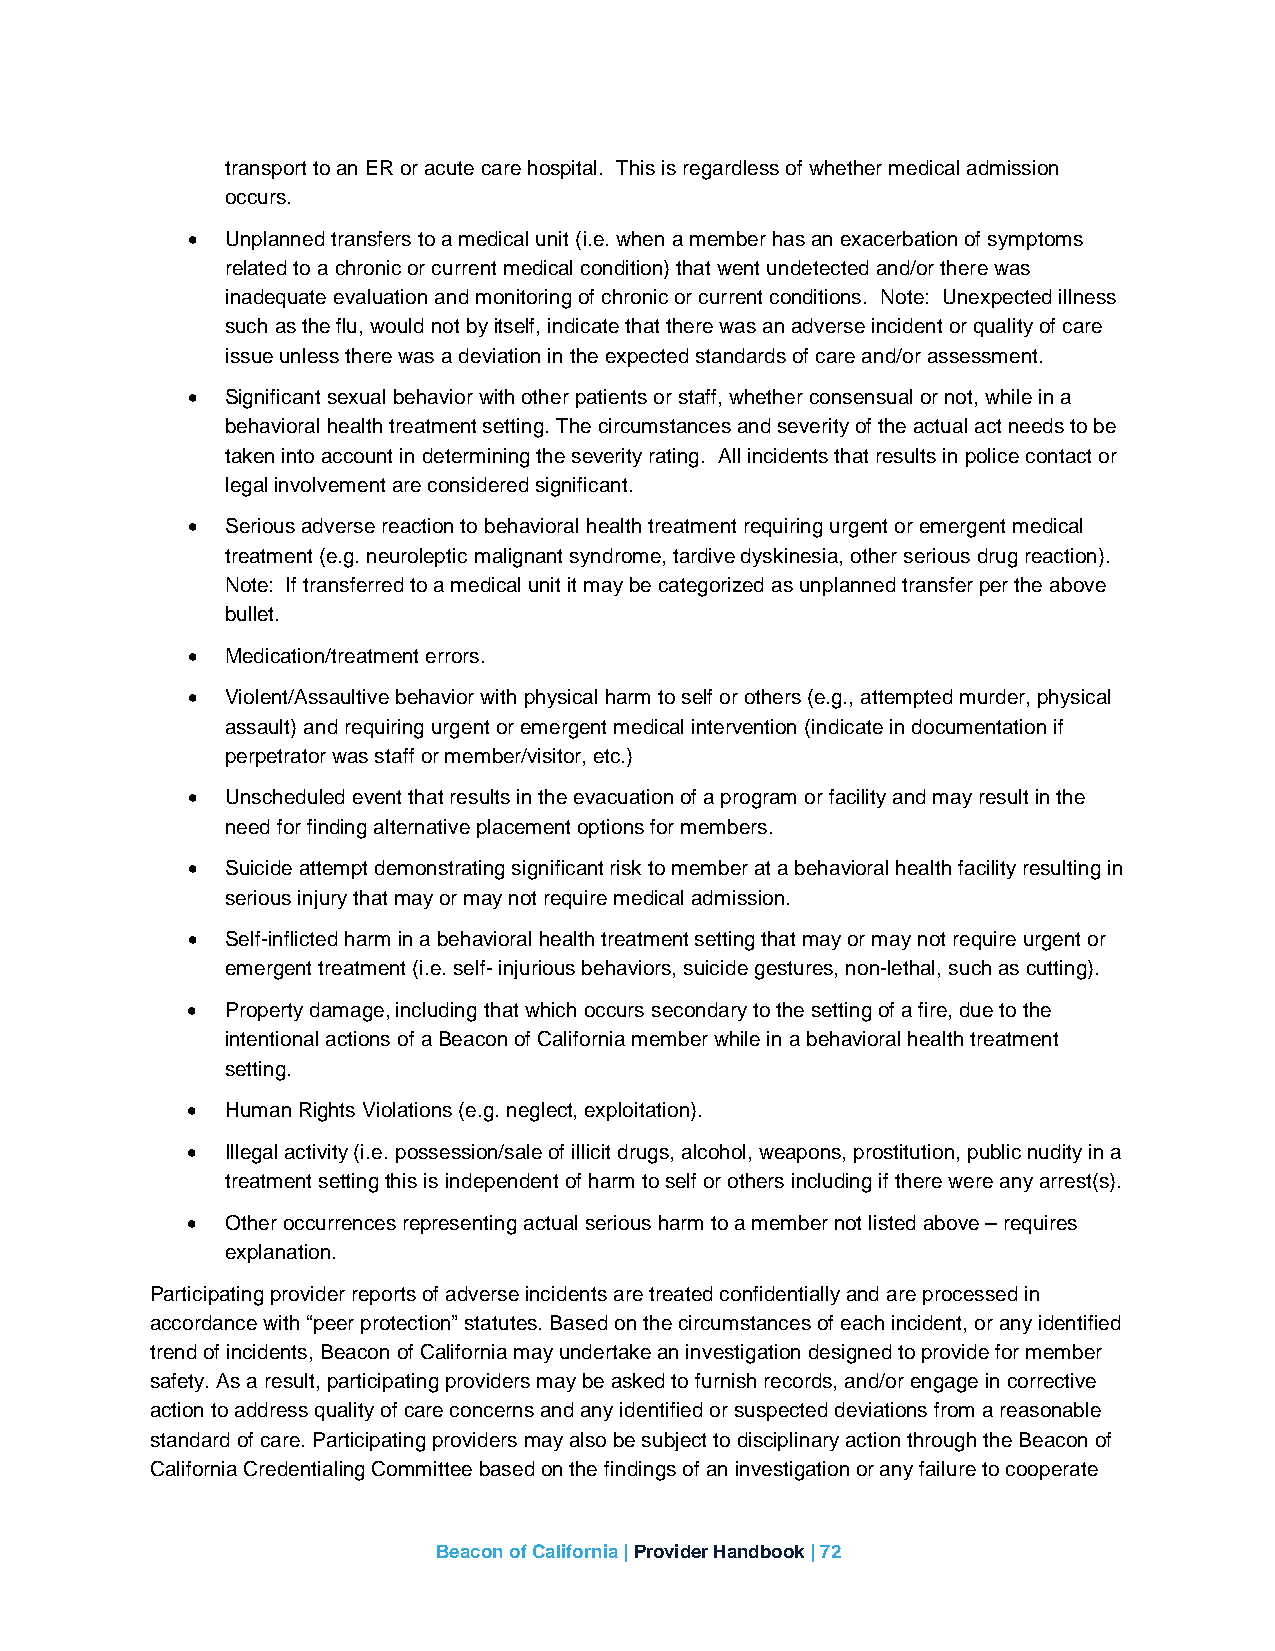
transport to an ER or acute care hospital. This is regardless of whether medical admission
 occurs.
 •  Unplanned transfers to a medical unit (i.e. when a member has an exacerbation of symptoms
 related to a chronic or current medical condition) that went undetected and/or there was
 inadequate evaluation and monitoring of chronic or current conditions. Note: Unexpected illness
 such as the flu, would not by itself, indicate that there was an adverse incident or quality of care
 issue unless there was a deviation in the expected standards of care and/or assessment.
 •  Significant sexual behavior with other patients or staff, whether consensual or not, while in a
 behavioral health treatment setting. The circumstances and severity of the actual act needs to be
 taken into account in determining the severity rating. All incidents that results in police contact or
 legal involvement are considered significant.
 •  Serious adverse reaction to behavioral health treatment requiring urgent or emergent medical
 treatment (e.g. neuroleptic malignant syndrome, tardive dyskinesia, other serious drug reaction).
 Note: If transferred to a medical unit it may be categorized as unplanned transfer per the above
 bullet.
 •  Medication/treatment errors.
 •  Violent/Assaultive behavior with physical harm to self or others (e.g., attempted murder, physical
 assault) and requiring urgent or emergent medical intervention (indicate in documentation if
 perpetrator was staff or member/visitor, etc.)
 •  Unscheduled event that results in the evacuation of a program or facility and may result in the
 need for finding alternative placement options for members.
 •  Suicide attempt demonstrating significant risk to member at a behavioral health facility resulting in
 serious injury that may or may not require medical admission.
 •  Self-inflicted harm in a behavioral health treatment setting that may or may not require urgent or
 emergent treatment (i.e. self- injurious behaviors, suicide gestures, non-lethal, such as cutting).
 •  Property damage, including that which occurs secondary to the setting of a fire, due to the
 intentional actions of a Beacon of California member while in a behavioral health treatment
 setting.
 •  Human Rights Violations (e.g. neglect, exploitation).
 •  Illegal activity (i.e. possession/sale of illicit drugs, alcohol, weapons, prostitution, public nudity in a
 treatment setting this is independent of harm to self or others including if there were any arrest(s).
 •  Other occurrences representing actual serious harm to a member not listed above – requires
 explanation.
 Participating provider reports of adverse incidents are treated confidentially and are processed in
 accordance with “peer protection” statutes. Based on the circumstances of each incident, or any identified
 trend of incidents, Beacon of California may undertake an investigation designed to provide for member
 safety. As a result, participating providers may be asked to furnish records, and/or engage in corrective
 action to address quality of care concerns and any identified or suspected deviations from a reasonable
 standard of care. Participating providers may also be subject to disciplinary action through the Beacon of
 California Credentialing Committee based on the findings of an investigation or any failure to cooperate
 Beacon of California | Provider Handbook | 72